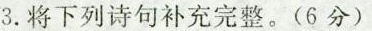
3.将下列诗句补充完整。(6分)